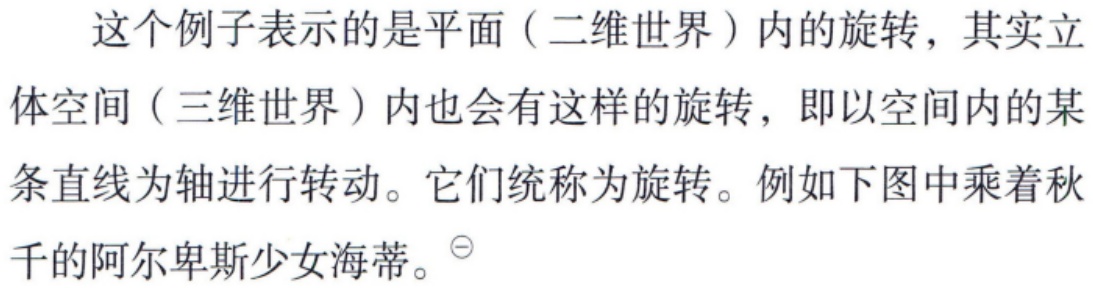
这个例子表示的是平面（二维世界）内的旋转，其实立体空间（三维世界）内也会有这样的旋转，即以空间内的某条直线为轴进行转动。它们统称为旋转。例如下图中乘着秋千的阿尔卑斯少女海蒂。$^{\ominus}$